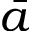
\bar { a }